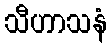
သီဟာသနံ